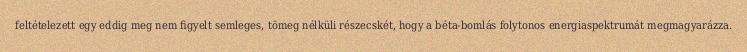
feltételezett egy eddig meg nem figyelt semleges, tömeg nélküli részecskét, hogy a béta-bomlás folytonos energiaspektrumát megmagyarázza.